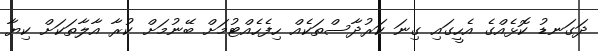
ދަގަނޑު ކޮޅެއްގެ އެހީގައި ގިނަ ކަރުދާސްތަކެއް ހިފެހެއްޓުމަށް ބޭނުމަށް ކުރާ އާލާތަކަށް ކިޔާ